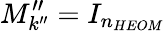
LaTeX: M_{k^{\prime\prime}}^{\prime\prime}=I_{n_{HEOM}}